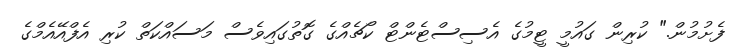
ފެށުމުން." ކުރިން ގައުމީ ޓީމުގެ އެސިސްޓެންޓް ކޯޗެއްގެ ގޮތުގައިވެސް މަސައްކަތް ކުރި އެފްއޭއެމްގެ